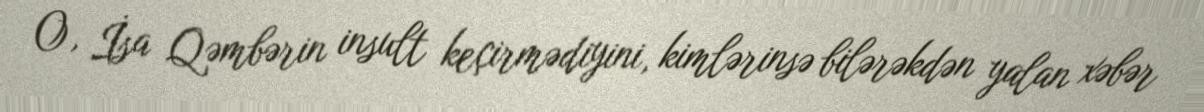
O, İsa Qəmbərin insult keçirmədiyini, kimlərinsə bilərəkdən yalan xəbər